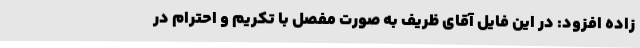
زاده افزود: در این فایل آقای ظریف به صورت مفصل با تکریم و احترام در